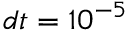
d t = 1 0 ^ { - 5 }